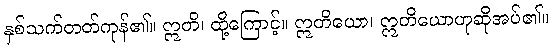
နှစ်သက်တတ်ကုန်၏။ ဣတိ၊ ထို့ကြောင့်။ ဣတိယော၊ ဣတိယောဟုဆိုအပ်၏။